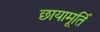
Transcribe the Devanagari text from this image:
छायामूर्ति